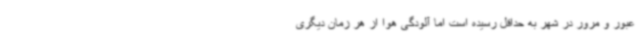
عبور و مرور در شهر به حداقل رسیده است اما آلودگی هوا از هر زمان دیگری